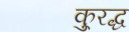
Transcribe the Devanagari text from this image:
कु्रद्ध